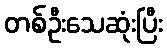
တစ်ဦးသေဆုံးပြီး